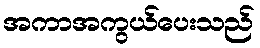
အကာအကွယ်ပေးသည်